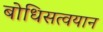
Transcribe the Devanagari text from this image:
बोधिसत्वयान